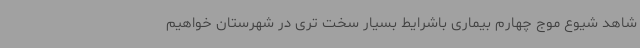
شاهد شیوع موج چهارم بیماری باشرایط بسیار سخت تری در شهرستان خواهیم